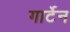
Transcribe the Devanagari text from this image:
गार्टेन